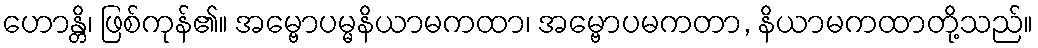
ဟောန္တိ၊ ဖြစ်ကုန်၏။ အမ္ဗောပမ္မနိယာမကထာ၊ အမ္ဗောပမကတာ, နိယာမကထာတို့သည်။